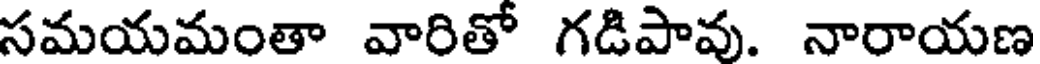
సమయమంతా వారితో గడిపావు. నారాయణ